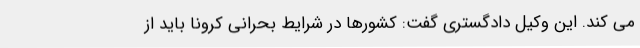
می کند. این وکیل دادگستری گفت: کشورها در شرایط بحرانی کرونا باید از